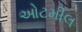
ઓટમીલ